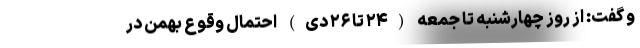
و گفت: از روز چهارشنبه تا جمعه (۲۴ تا ۲۶ دی) احتمال وقوع بهمن در